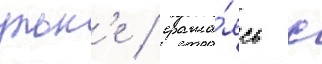
ульк'е / сража́ясь с